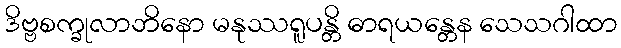
ဒိဗ္ဗစက္ခုလာဘိနော မနုဿရူပန္တိ ဓာရယန္တေန သေသဂါထာ